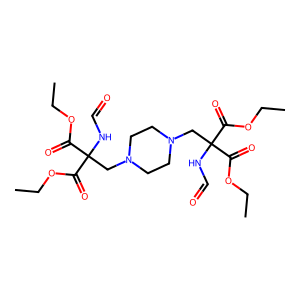
SMILES: CCOC(=O)C(CN1CCN(CC(NC=O)(C(=O)OCC)C(=O)OCC)CC1)(NC=O)C(=O)OCC
Inhibits HIV replication: No